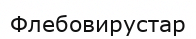
Флебовирустар